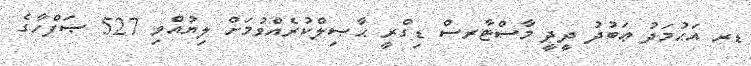
ޑރ އަޙުމަދު ޢަބުދު ދީދީ މާސްޓާރސް ޑިގްރީ ޙާޞިލްކުރެއްވުމަށް ލިޔުއްވި 527 ޞަފްހާގެ